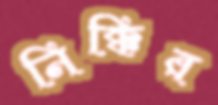
নিক্কির